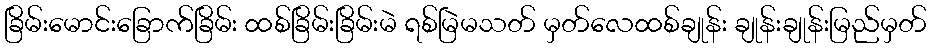
ခြိမ်းမောင်းခြောက်ခြိမ်း ထစ်ခြိမ်းခြိမ်းမဲ ရစ်မြဲမသတ် မှတ်လေထစ်ချုန်း ချုန်းချုန်းမြည်မှတ်